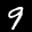
Label: 9